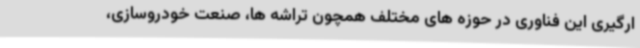
ارگیری این فناوری در حوزه های مختلف همچون تراشه ها، صنعت خودروسازی،